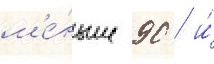
м'е́ньше 90 / и́